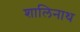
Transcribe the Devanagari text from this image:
शालिनाथ